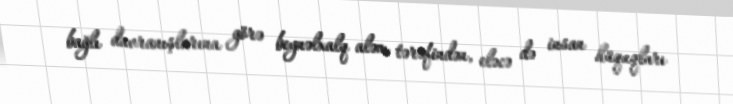
bağlı davranışlarına görə beynəlxalq aləm tərəfindən, eləcə də insan hüquqları